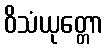
ဝိသံယုတ္တော